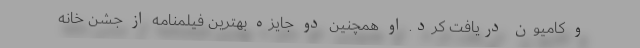
و کامیون دریافت کرد. او همچنین دو جایزه بهترین فیلمنامه از جشن خانه